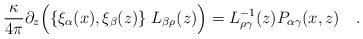
LaTeX: \begin{align*}{\kappa \over{ 4\pi}}\partial_z\Bigl(\{\xi_\alpha(x),\xi_\beta(z)\}\;L_{\beta\rho}(z)\Bigr) = L_{\rho\gamma}^{-1}(z)P_{\alpha\gamma}(x,z)\quad.\end{align*}